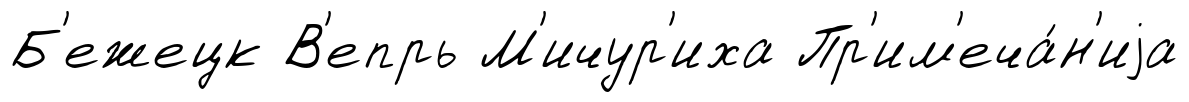
Б'ежецк В'епрь М'ичур'иха Пр'им'еча́н'иjа